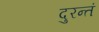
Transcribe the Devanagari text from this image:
दुरन्तं